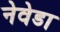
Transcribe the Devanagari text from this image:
नेवेडा